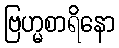
ဗြဟ္မစာရိနော